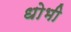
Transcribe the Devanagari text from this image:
धोभी